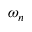
\omega _ { n }